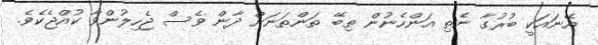
އޭނައަކީ ބުރުގާ ނެތި އަންހެނުން ތިބޭ ތަންތަނަށް ދާން ވެސް ޖެހިލުންވާ ކުއްޖެކެވެ.